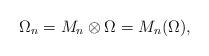
LaTeX: \begin{gather*}\Omega_n=M_n \otimes \Omega=M_n(\Omega),\end{gather*}